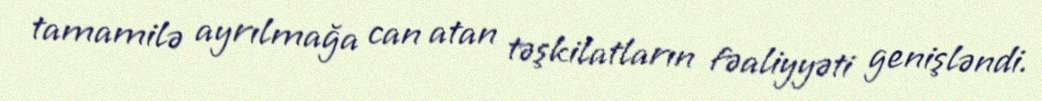
tamamilə ayrılmağa can atan təşkilatların fəaliyyəti genişləndi.